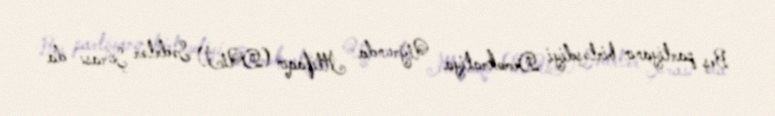
Beş partiyanın birləşdiyi Demokratiya Uğrunda İttifaqın (DUİ) Sədrlər Şurası da